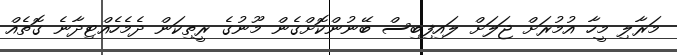
މަރާލި މީހާ އުމުރަށް ޖަލަށް ލައިފިބިސް ބޭނުންކޮށްގެން މޫނުގެ ރީތިކަން ދެމެހެއްޓިދާނެ ގޮތެއް